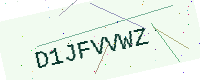
Text: D1JFVVWZ